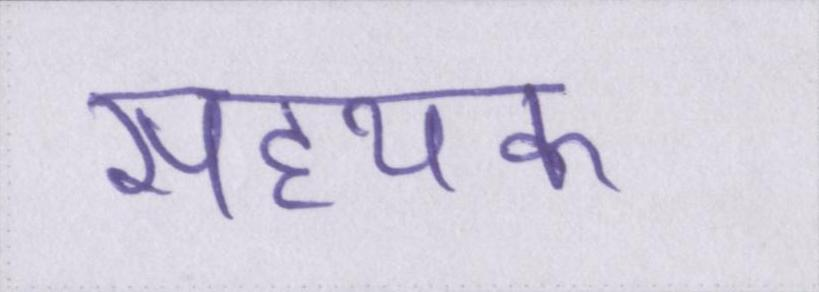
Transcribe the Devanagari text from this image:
सहयक